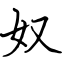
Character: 奴